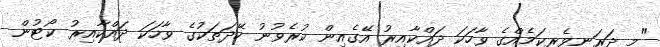
"މި ދަރަނިވެރިކަމެއްގެ ވާހަކަ ދައްކާއިރު އޭގެއިން ކުރެވުނު ހޭދަތަކުގެ ވާހަކަ ދައްކާއިރު ކޯޓުން